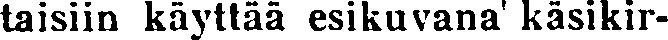
taisiin käyttää esikuvana' käsikir-